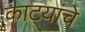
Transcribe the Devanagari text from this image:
काट्यांचे